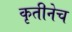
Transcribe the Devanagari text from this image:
कृतीनेच